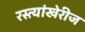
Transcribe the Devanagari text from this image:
रस्त्यांखेरीज